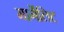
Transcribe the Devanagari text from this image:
मार्गेलिट